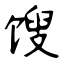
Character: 馊